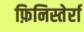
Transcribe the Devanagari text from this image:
फ़िनिस्तेर्रा